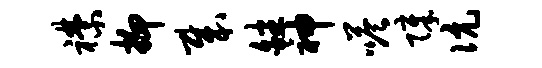
襟抑哉皤神嗒障伉